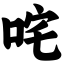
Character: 咤